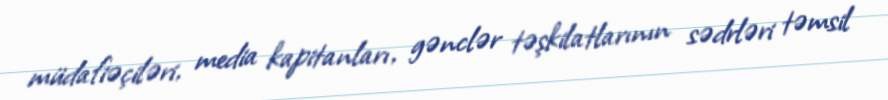
müdafiəçiləri, media kapitanları, gənclər təşkilatlarının sədrləri təmsil